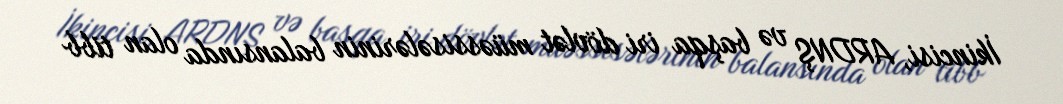
İkincisi, ARDNŞ və başqa iri dövlət müəssisələrinin balansında olan tibb